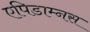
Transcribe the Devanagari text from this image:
एपिडाम्नस